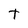
Character: t